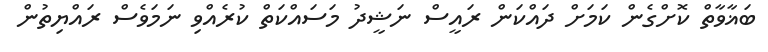
ބަޣާވާތް ކޮށްގެން ކަމަށް ދައްކަން ރައީސް ނަޝީދު މަސައްކަތް ކުރެއްވި ނަމަވެސް ރައްޔިތުން